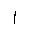
Letter: _alif